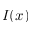
I ( x )